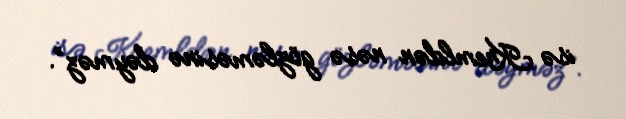
isə Kremldən nəsə gözləməsinə dəyməz”.